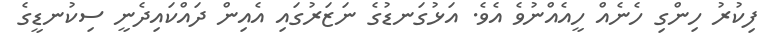
ފިކުރު ހިންގި ހެނެއް ހީއެއްނުވެ އެވެ. އަޅުގަނޑުގެ ނަޒަރުގައި އެއިން ދައްކައިދެނީ ސިކުނޑީގެ